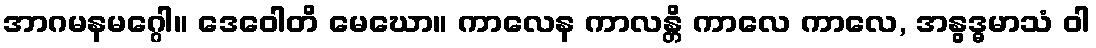
အာဂမနမဂ္ဂေါ။ ဒေဝေါတိ မေဃော။ ကာလေန ကာလန္တိ ကာလေ ကာလေ, အနွဒ္ဓမာသံ ဝါ